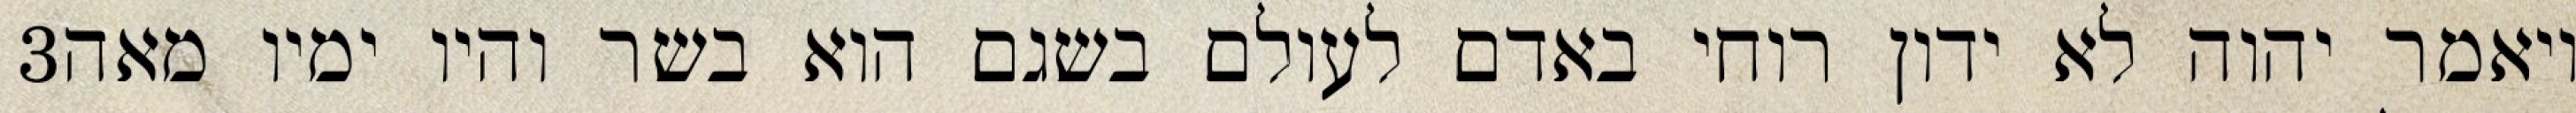
‎3‏ ויאמר יהוה לא ידון רוחי באדם לעולם בשגם הוא בשר והיו ימיו מאה